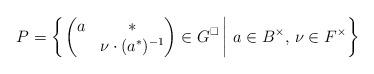
LaTeX: \begin{align*} P = \left\{ \left. \begin{pmatrix} a & * \\ & \nu \cdot (a^*)^{-1} \end{pmatrix} \in G^{\square} \, \right| \, a \in B^{\times}, \, \nu \in F^{\times} \right\}\end{align*}